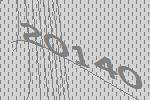
20140